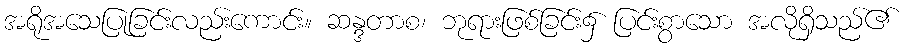
အရိုအသေပြုခြင်းလည်းကောင်း။ ဆန္ဒတာစ၊ ဘုရားဖြစ်ခြင်း၌ ပြင်းစွာသော အလိုရှိသည်၏